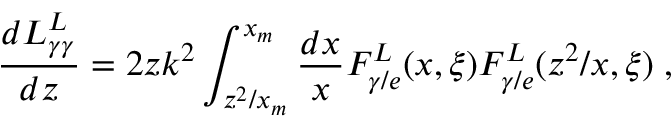
\frac { d L _ { \gamma \gamma } ^ { L } } { d z } = 2 z k ^ { 2 } \int _ { z ^ { 2 } / x _ { m } } ^ { x _ { m } } \frac { d x } { x } F _ { \gamma / e } ^ { L } ( x , \xi ) F _ { \gamma / e } ^ { L } ( z ^ { 2 } / x , \xi ) \; ,